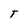
Character: T